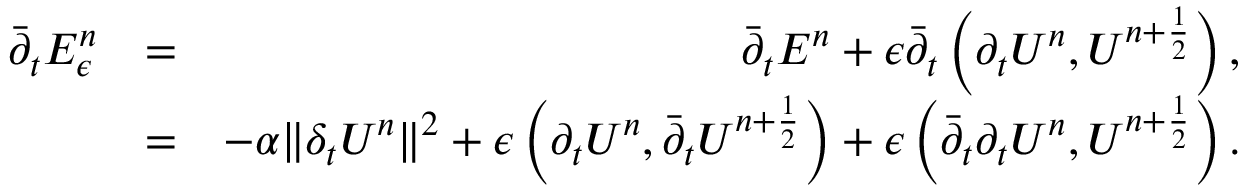
\begin{array} { r l r } { { \bar { \partial } } _ { t } { \cal E } _ { \epsilon } ^ { n } } & { = } & { { \bar { \partial } } _ { t } { \cal E } ^ { n } + \epsilon { \bar { \partial } } _ { t } \left( \partial _ { t } U ^ { n } , U ^ { n + \frac { 1 } { 2 } } \right) , } \\ & { = } & { - \alpha \| \delta _ { t } U ^ { n } \| ^ { 2 } + \epsilon \left( \partial _ { t } U ^ { n } , { \bar { \partial } } _ { t } U ^ { n + \frac { 1 } { 2 } } \right) + \epsilon \left( { \bar { \partial } } _ { t } \partial _ { t } U ^ { n } , U ^ { n + \frac { 1 } { 2 } } \right) . } \end{array}